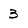
Character: 3